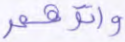
وآتوهم